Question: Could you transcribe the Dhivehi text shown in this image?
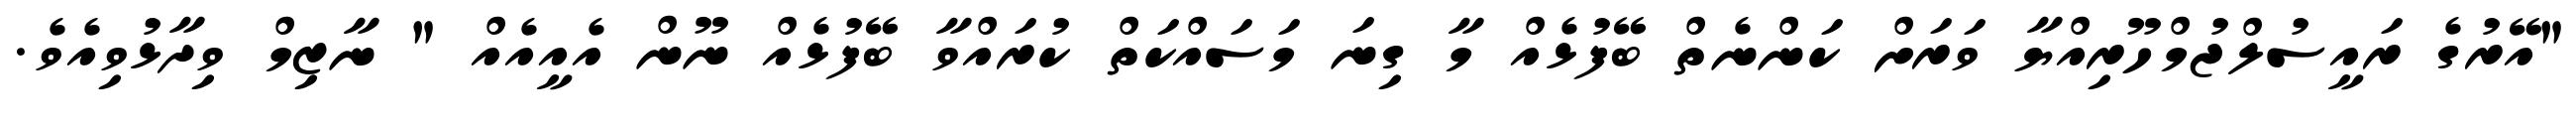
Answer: "އޭރުގެ ރައީސުލްޖުމްހޫރިއްޔާ ވަރަށް ކަންނެތް ބޭފުޅެއް މާ ގިނަ މަސައްކަތް ކުރައްވާ ބޭފުޅެއް ނޫން އެއީއެއް " ނާޒިމް ވިދާޅުވިއެވެ.